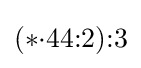
(*{\cdot }44{:}2){:}3